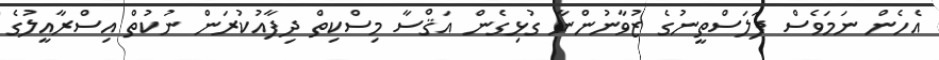
އެހެން ނަމަވެސް ފަލަސްތީނުގެ ޒުވާނުންނާ ގުޅިގެން އަޤްސާ މިސްކިތް ދިފާއުކުރަން ނުކުތް އިސްރާއީލުގެ